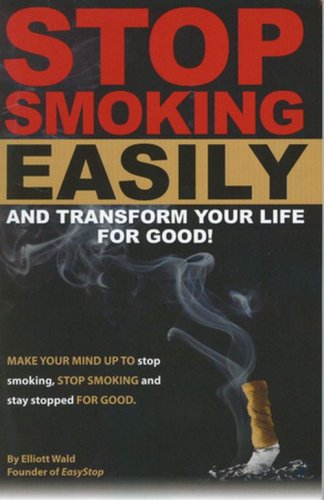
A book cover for Stop Smoking Easily and Transform Your Life for Good; Elliott Wald; Health, Fitness & Dieting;